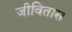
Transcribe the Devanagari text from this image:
जीवितास